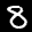
Label: 8